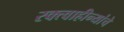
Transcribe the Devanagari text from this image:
रक्त्वाहीन्यांचे